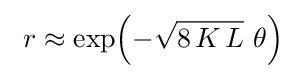
~\displaystyle r\approx \exp \!\left(-{\sqrt {8\!~K\!~L}}~\theta \right)~